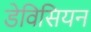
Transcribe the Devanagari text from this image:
डेविसियन